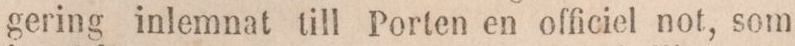
gering inlemnat till Porten en officiel not, som